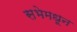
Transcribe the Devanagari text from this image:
सभेमधून